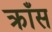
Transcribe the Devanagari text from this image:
क्राँस